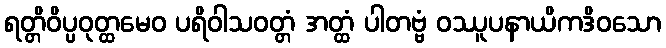
ရတ္တိဝိပ္ပဝုတ္ထမေဝ ပရိဝါသဝတ္တံ အတ္ထံ ပါတဗ္ဗံ ဝဿူပနာယိကဒိဝသော